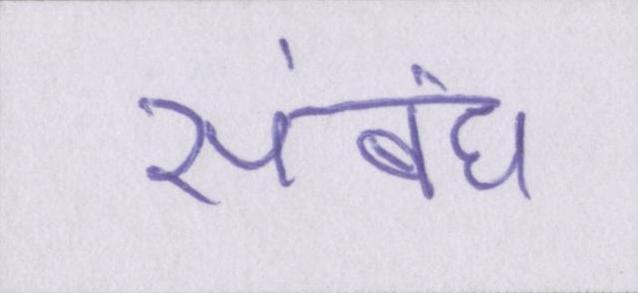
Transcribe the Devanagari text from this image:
संबंध